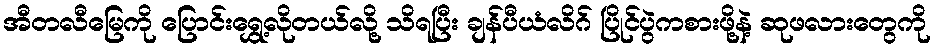
အီတလီမြေကို ပြောင်းရွှေ့လိုတယ်လို့ သိရပြီး ချန်ပီယံလိဂ် ပြိုင်ပွဲကစားဖို့နဲ့ ဆုဖလားတွေကို